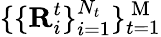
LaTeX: \{ \{ \mathbf{R}_{i}^{t}\} _{i=1}^{N_{t}}\} _{t=1}^{\mathrm{~M~}}